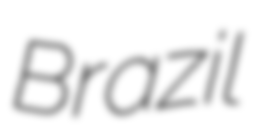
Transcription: Brazil